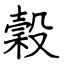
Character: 穀